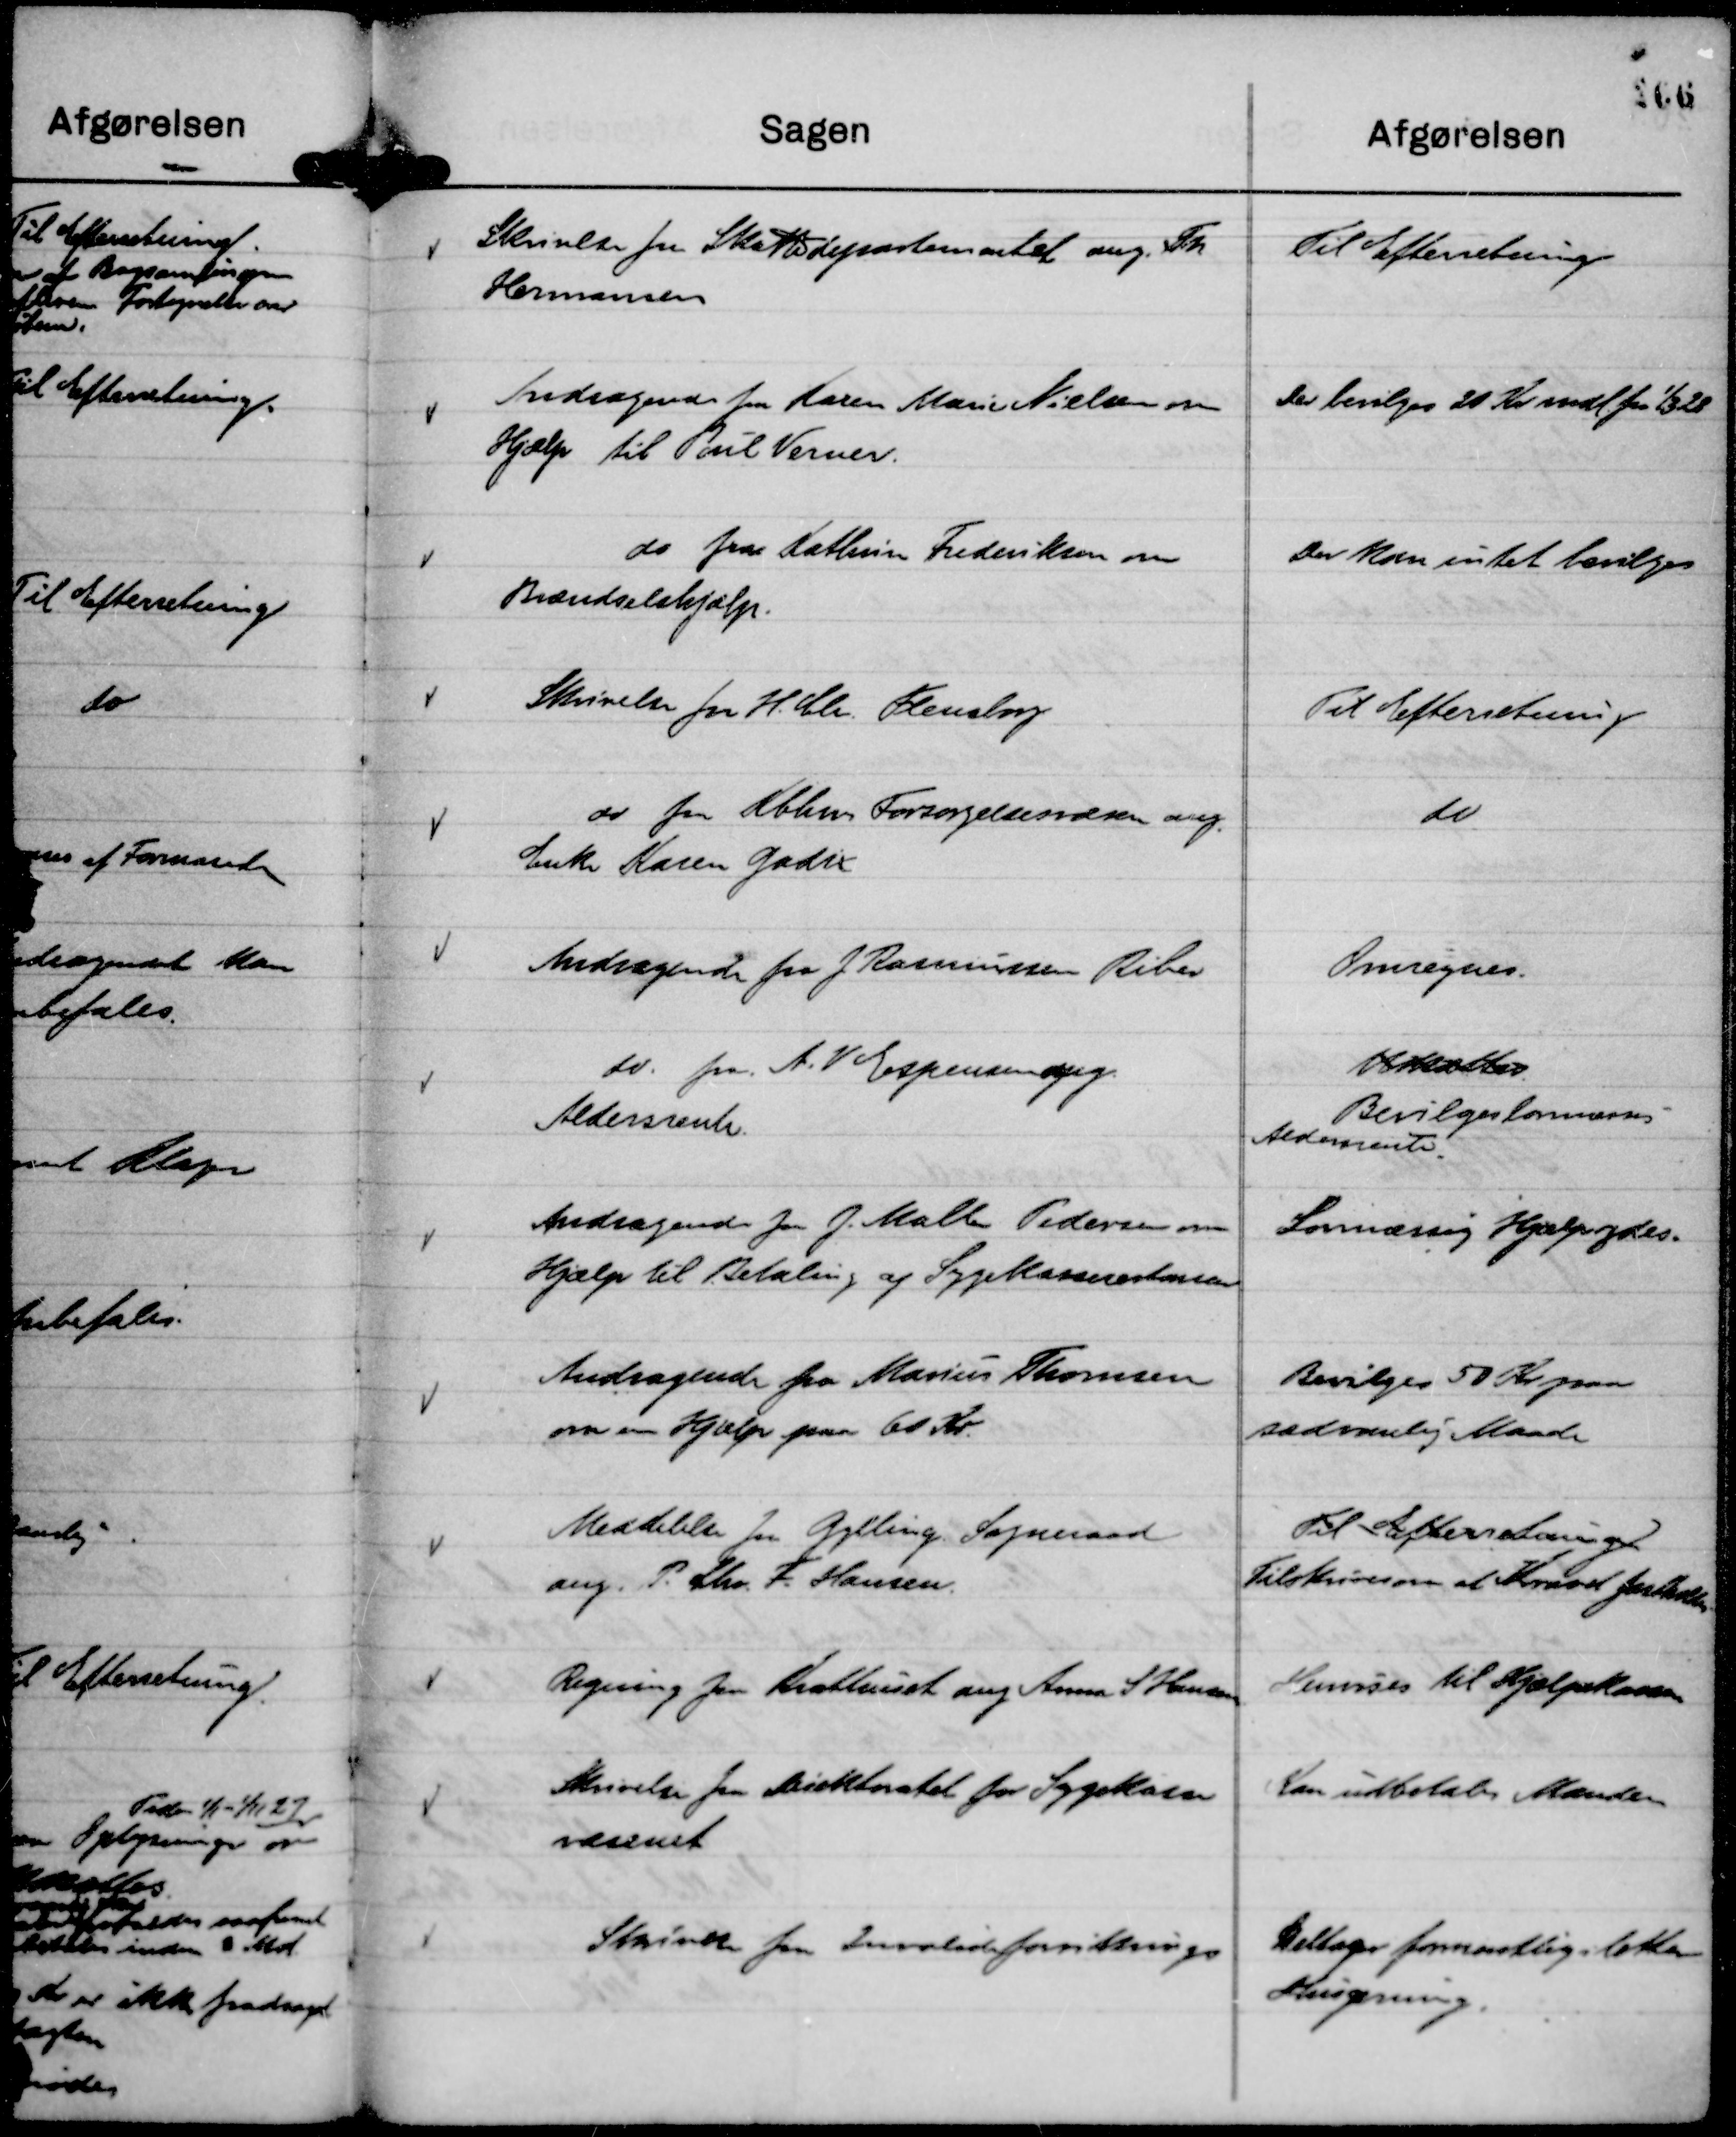
Transskription:
Skrivelse fra Skattedepartementet ang. Th.
Hermansen

Til Efterretning

Andragende fra Karen Marie Nielsen om
Hjælp til Poul Verner.

Der bevilges 20 Kr mdl. fra

1/3 28

do fra Kathrine Frederiksen om
Brændselshjælp.

Der kan intet bevilges

Skrivelse fra H. Chr. Flensborg

Til Efterretning

do fra Kbhns Forsørgelsesvæsen ang.
Enke Karen Godix

do

Andragende fra J Rasmussen Riber

Omregnes.

do. fra A. V Espensen ang.
Aldersrente.

Udsættes
Bevilges lovmæssig
Aldersrente.

Andragende fra J. Malte Pedersen om
Hjælp til Betaling af Sygekasserestancen

Lovmæssig Hjælp ydes.

Andragende fra Marius Thomsen
om en Hjælp paa 60 Kr.

Bevilges 50 Kr paa
sædvanlig Maade

Meddelelse fra Gylling Sogneraad
ang. P. Chr. F. Hansen.

Til Efterretning
Tilskrives om at Kravet fastholdes.

Regning fra Krathuset ang Anna S Hansen

Henvises til Hjælpekassen

Skrivelse fra Direktoratet for Sygekasse
væsenet

Kan udbetales Manden

Skrivelse fra Invalideforsikrings

Deltager formentlig i lettere
Husgerning.